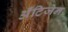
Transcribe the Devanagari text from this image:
ॲंटिजेन